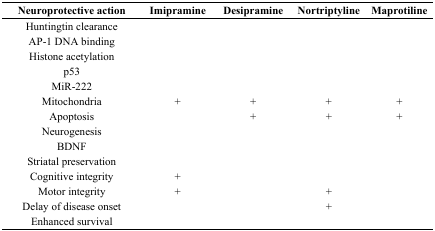
<table><thead><tr><td><b>Neuroprotective action</b></td><td><b>Imipramine</b></td><td><b>Desipramine</b></td><td><b>Nortriptyline</b></td><td><b>Maprotiline</b></td></tr></thead><tbody><tr><td>Huntingtin clearance</td><td></td><td></td><td></td><td></td></tr><tr><td>AP-1 DNA binding</td><td></td><td></td><td></td><td></td></tr><tr><td>Histone acetylation</td><td></td><td></td><td></td><td></td></tr><tr><td>p53</td><td></td><td></td><td></td><td></td></tr><tr><td>MiR-222</td><td></td><td></td><td></td><td></td></tr><tr><td>Mitochondria</td><td>+</td><td>+</td><td>+</td><td>+</td></tr><tr><td>Apoptosis</td><td></td><td>+</td><td>+</td><td>+</td></tr><tr><td>Neurogenesis</td><td></td><td></td><td></td><td></td></tr><tr><td>BDNF</td><td></td><td></td><td></td><td></td></tr><tr><td>Striatal preservation</td><td></td><td></td><td></td><td></td></tr><tr><td>Cognitive integrity</td><td>+</td><td></td><td></td><td></td></tr><tr><td>Motor integrity</td><td>+</td><td></td><td>+</td><td></td></tr><tr><td>Delay of disease onset</td><td></td><td></td><td>+</td><td></td></tr><tr><td>Enhanced survival</td><td></td><td></td><td></td><td></td></tr></tbody></table>